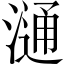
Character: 𣻢